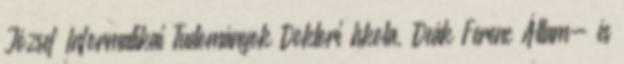
József Informatikai Tudományok Doktori Iskola, Deák Ferenc Állam- és